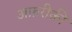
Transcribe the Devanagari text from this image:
अफ़रीक़ी